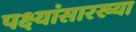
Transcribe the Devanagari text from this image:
पक्ष्यांसारख्या